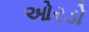
ઓરડો